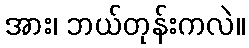
အား၊ ဘယ်တုန်းကလဲ။